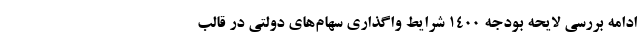
ادامه بررسی لایحه بودجه ۱۴۰۰ شرایط واگذاری سهام‌های دولتی در قالب